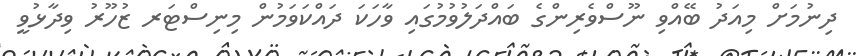
ދިނުމަށް މިއަދު ބޭއްވި ނޫސްވެރިންގެ ބައްދަލުވުމުގައި ވާހަކަ ދައްކަވަމުން މިނިސްޓަރ ޒުހޫރު ވިދާޅުވީ